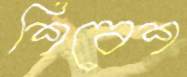
শিবেশ